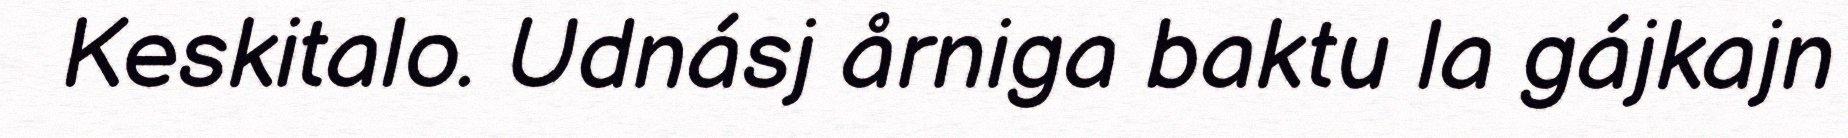
Keskitalo. Udnásj årniga baktu la gájkajn